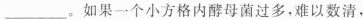
___.如果一个小方格内酵母菌过多，难以数清，